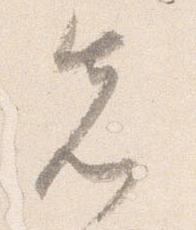
先